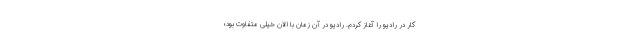
کار در رادیو را آغاز کردم. رادیو در آن زمان با الان خیلی متفاوت بود؛